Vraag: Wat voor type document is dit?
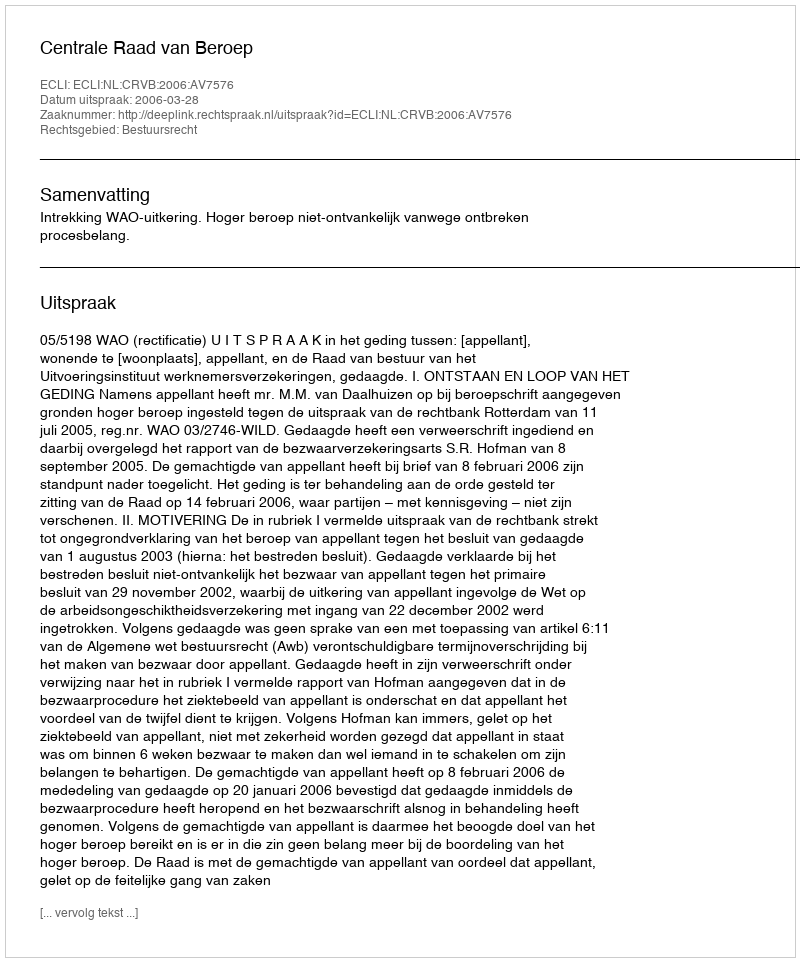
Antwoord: Uitspraak